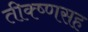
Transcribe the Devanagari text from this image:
तीक्ष्णसह